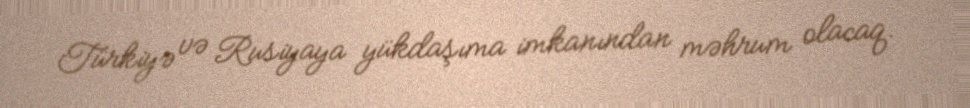
Türkiyə və Rusiyaya yükdaşıma imkanından məhrum olacaq.